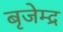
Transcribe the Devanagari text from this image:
बृजेम्द्र